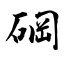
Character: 碙